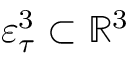
\varepsilon _ { \tau } ^ { 3 } \subset \mathbb { R } ^ { 3 }